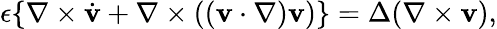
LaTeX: \epsilon\{ \nabla\times\dot{\mathbf v}+\nabla\times(({\mathbf v}\cdot\nabla){\mathbf v})\} =\Delta(\nabla\times{\mathbf v}),